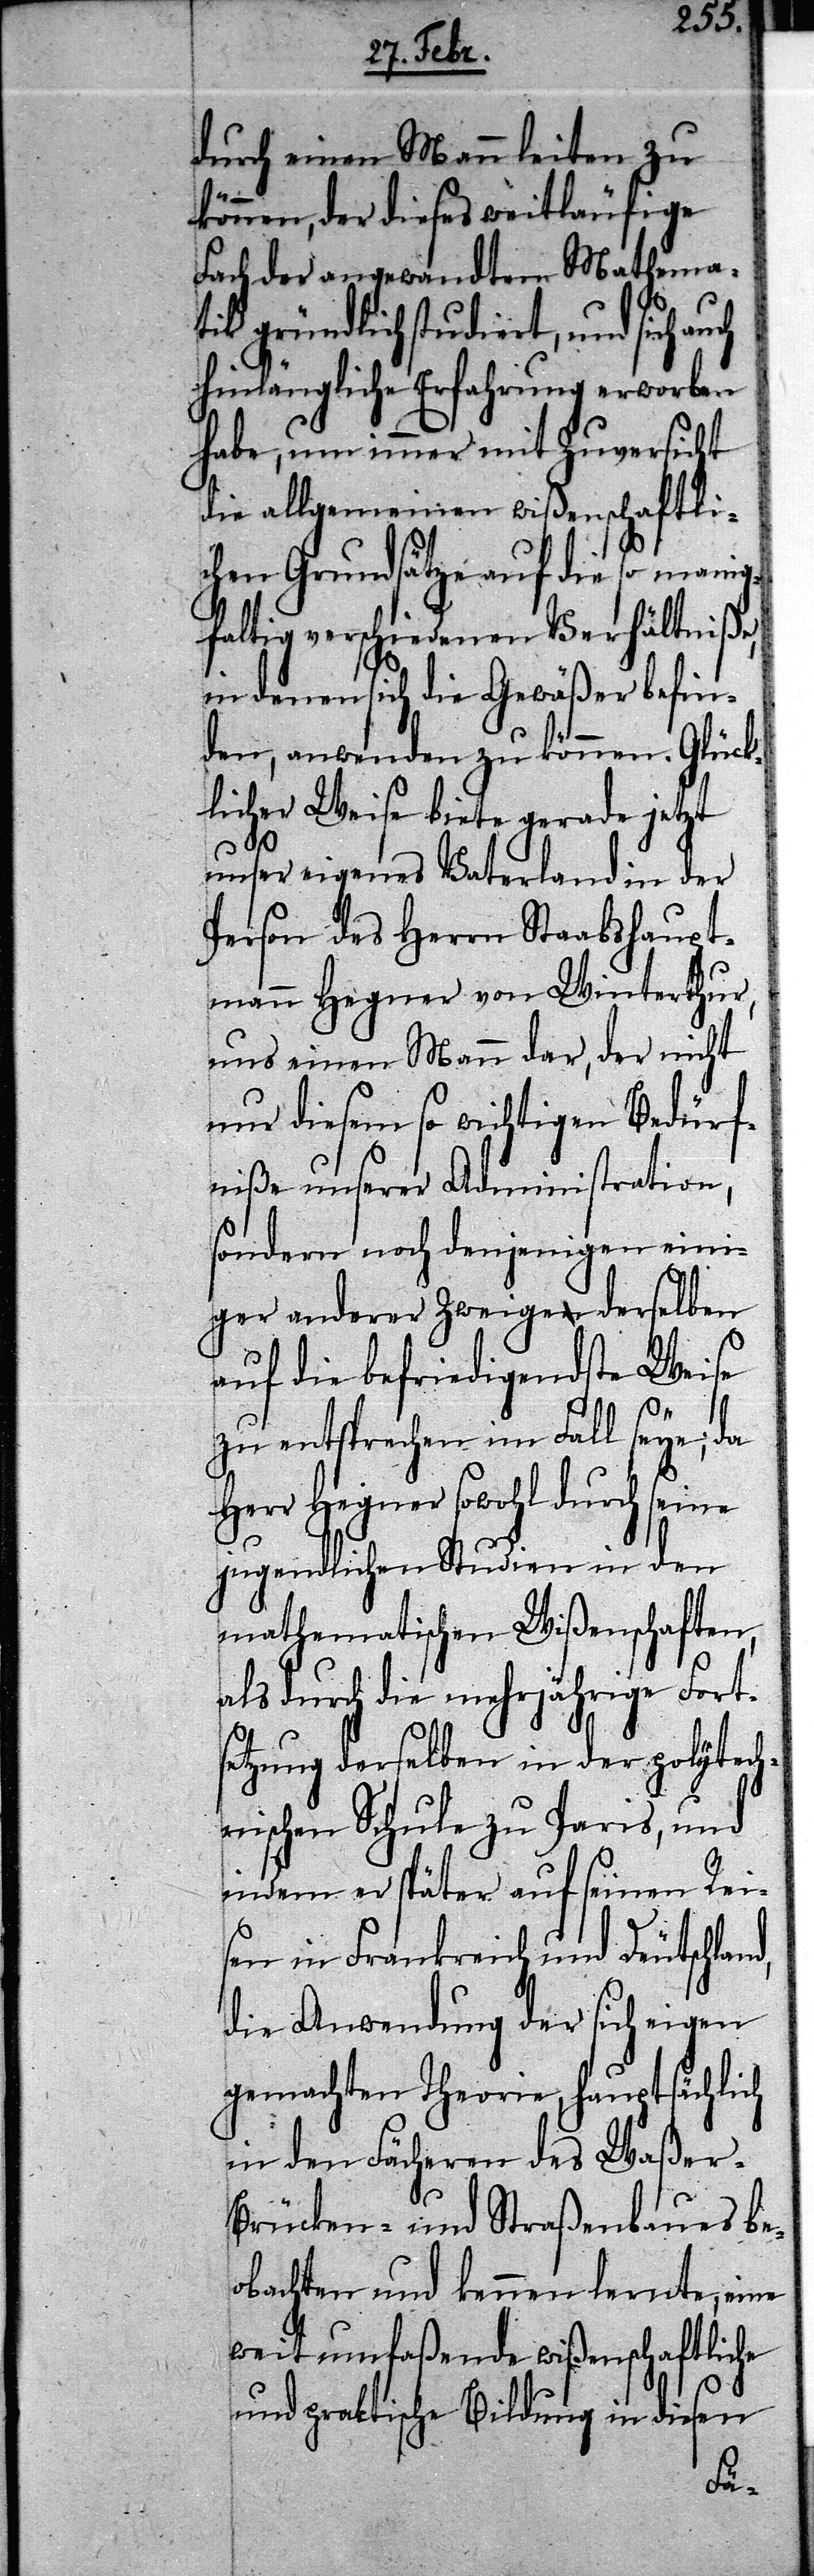
durch einen Mann leiten zu
können, der dieses weitläufige
Fach der angewandten Mathema¬
tik gründlich studiert, und sich
hinlängliche Erfahrung erworben
habe, um immer mit Zuversicht
die allgemeinen wißenschaftli¬
chen Grundsätze auf die so manni¬
gfaltig verschiedenen Verhältniße,
in denen sich die Gewäßer befin¬
den, anwenden zu können. Glück¬
licher Weise biete gerade jetzt
unser eigenes Vaterland in der
Person des Herrn Staabshaupt¬
mann Hegner von Winterthur,
uns einen Mann dar, der nicht
nur diesem so wichtigen Bedürf¬
niße unserer Administration,
sondern noch denjenigen eini¬
ger anderer Zweige derselben
auf die befriedigendste Weise
zu entsprechen im Fall seye; da
Herr Hegner sowohl durch seine
jugendlichen Studien in den
mathematischen Wißenschaften,
durch die mehrjährige Fort¬
setzung derselben in der polytech¬
nischen Schule zu Paris, und
indem er später auf seinen Rei¬
sen in Frankreich und Deutschland,
die Anwendung der sich eigen
gemachten Theorie, hauptsächlich
in den Fächeren des Waßer-
Brücken- und Straßenbaues be¬
obachten und kennen lernte, eine
weit umfaßende wißenschaftliche
und praktische Bildung in diesen